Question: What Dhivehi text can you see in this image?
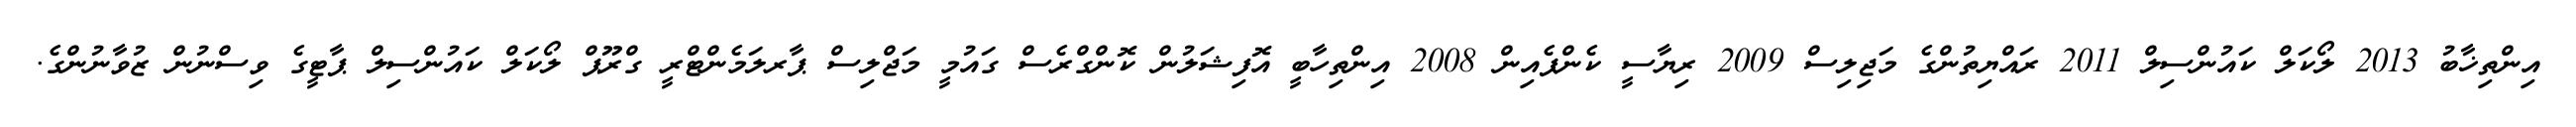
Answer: އިންތިޚާބު 2013 ލޯކަލް ކައުންސިލް 2011 ރައްޔިތުންގެ މަޖިލިސް 2009 ރިޔާސީ ކެންޕެއިން 2008 އިންތިހާބީ އޮފިޝަލުން ކޮންގްރެސް ގައުމީ މަޖްލިސް ޕާރލަމެންޓްރީ ގްރޫޕް ލޯކަލް ކައުންސިލް ޕާޓީގެ ވިސްނުން ޒުވާނުންގެ.